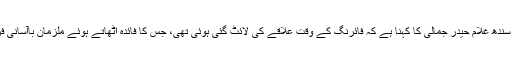
شہید ڈی ایس پی ذوالفقار زیدی ہائی کورٹ میں سیکیورٹی انچارج کے عہدے پر تعینات تھے، آئی جی سندھ غلام حیدر جمالی کا کہنا ہے کہ فائرنگ کے وقت علاقے کی لائٹ گئی ہوئی تھی، جس کا فائدہ اٹھاتے ہوئے ملزمان باآسانی فرار ہونے میں کامیاب ہوگئے،انہوں نے کہا کہ واقعے کی تفتیش سائنٹیفک طریقے سے کی جائے گی ۔